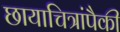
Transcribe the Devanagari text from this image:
छायाचित्रांपैकी